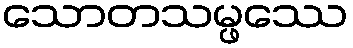
သောတသမ္ဖဿေ